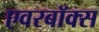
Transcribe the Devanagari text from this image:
एवरबॉक्स